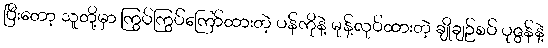
ပြီးတော့ သူတို့မှာ ကြွပ်ကြွပ်ကြော်ထားတဲ့ ပန်ကိုနဲ့ မုန့်လုပ်ထားတဲ့ ချိုချဉ်စပ် ပုဇွန်နဲ့